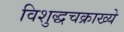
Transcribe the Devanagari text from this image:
विशुद्धचक्राख्ये